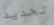
تحديد